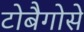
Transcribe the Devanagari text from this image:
टोबैगोसे